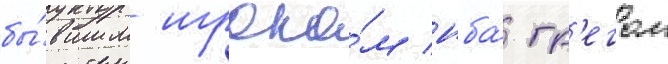
бы́вшим игроко́м нба́ гр'егом